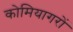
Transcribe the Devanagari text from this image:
कोमियागरों